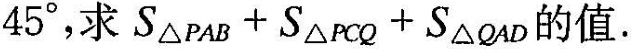
4 5 °$$，求$$S △ P A B + S △ ρ C Q + S △ Q A D$$的值。